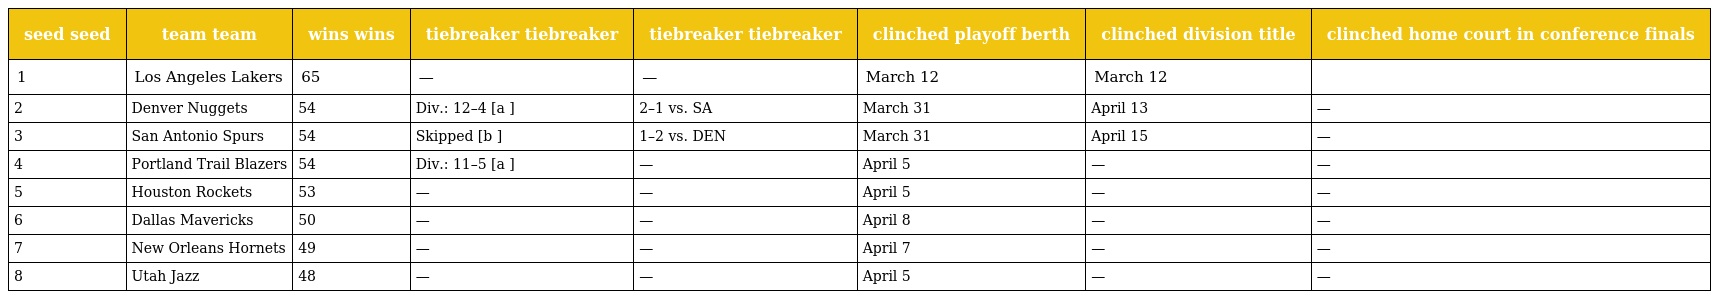
| seed seed | team team | wins wins | tiebreaker tiebreaker | tiebreaker tiebreaker | clinched playoff berth | clinched division title | clinched home court in conference finals |
 | --- | --- | --- | --- | --- | --- | --- | --- |
 | 1 | Los Angeles Lakers | 65 | — | — | March 12 | March 12 |  |
 | 2 | Denver Nuggets | 54 | Div.: 12–4 [a ] | 2–1 vs. SA | March 31 | April 13 | — |
 | 3 | San Antonio Spurs | 54 | Skipped [b ] | 1–2 vs. DEN | March 31 | April 15 | — |
 | 4 | Portland Trail Blazers | 54 | Div.: 11–5 [a ] | — | April 5 | — | — |
 | 5 | Houston Rockets | 53 | — | — | April 5 | — | — |
 | 6 | Dallas Mavericks | 50 | — | — | April 8 | — | — |
 | 7 | New Orleans Hornets | 49 | — | — | April 7 | — | — |
 | 8 | Utah Jazz | 48 | — | — | April 5 | — | — |